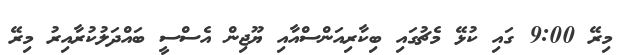
މިރޭ 9:00 ގައި ކުޅޭ މެޗުގައި ބިކާރިއަންސްއާއި ޔޫޖިން އެސްސީ ބައްދަލުކުރާއިރު މިރޭ